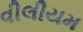
વીલીયમ